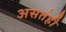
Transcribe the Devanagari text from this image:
असतंही